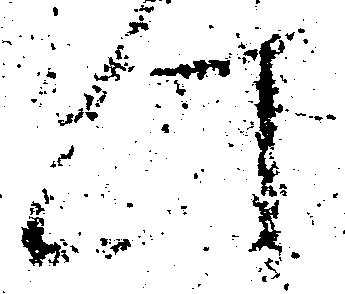
此